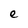
Character: e